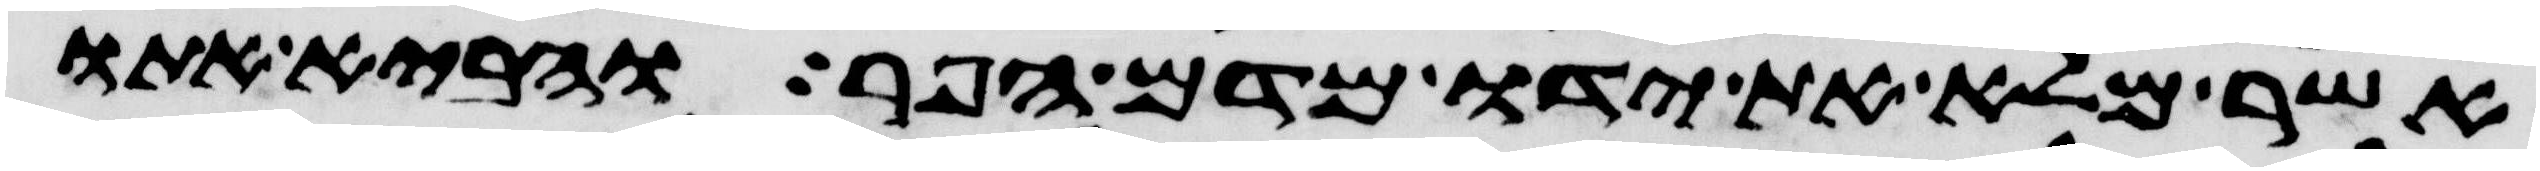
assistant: אשר מלא את ידו מדם הפר והביא אתו